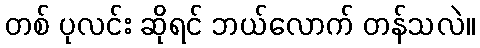
တစ် ပုလင်း ဆိုရင် ဘယ်လောက် တန်သလဲ။